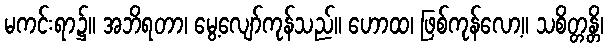
မကင်းရာ၌။ အဘိရတာ၊ မွေ့လျော်ကုန်သည်။ ဟောထ၊ ဖြစ်ကုန်လော့။ သစိတ္တန္တိ၊